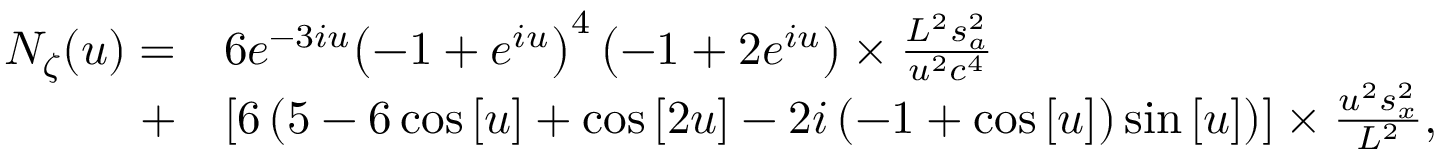
\begin{array} { r l } { { N _ { \zeta } } ( u ) = } & { 6 { e ^ { - 3 i u } } { \left( { - 1 + { e ^ { i u } } } \right) ^ { 4 } } \left( { - 1 + 2 { e ^ { i u } } } \right) \times \frac { { { L ^ { 2 } } s _ { a } ^ { 2 } } } { { { u ^ { 2 } } { c ^ { 4 } } } } } \\ { + } & { \left[ { 6 \left( { 5 - 6 \cos \left[ u \right] + \cos \left[ { 2 u } \right] - 2 i \left( { - 1 + \cos \left[ u \right] } \right) \sin \left[ u \right] } \right) } \right] \times \frac { { { u ^ { 2 } } s _ { x } ^ { 2 } } } { { { L ^ { 2 } } } } , } \end{array}